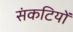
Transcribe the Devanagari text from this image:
संकटियों